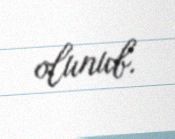
olunub.